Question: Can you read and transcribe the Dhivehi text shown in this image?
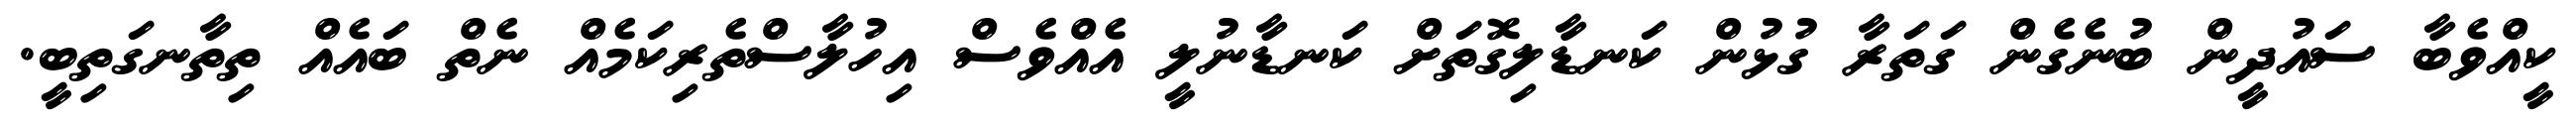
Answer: ކީއްވެބާ ސައުދީން ބުނެގެން ގަތަރާ ގުޅުން ކަނޑާލިގޮތަށް ކަނޑާނުލީ އެއްވެސް އިހުލާސްތެރިކަމެއް ނެތް ބައެއް ތިތާނގަތިބީ.